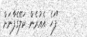
"ފަހެ އެއުރެން ކަލޭގެފާނަށް